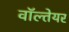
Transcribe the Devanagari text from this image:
वॉल्तेयर